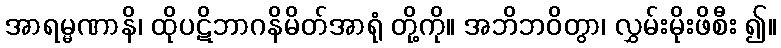
အာရမ္မဏာနိ၊ ထိုပဋိဘာဂနိမိတ်အာရုံ တို့ကို။ အဘိဘဝိတွာ၊ လွှမ်းမိုးဖိစီး ၍။